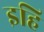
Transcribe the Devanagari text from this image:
इहि